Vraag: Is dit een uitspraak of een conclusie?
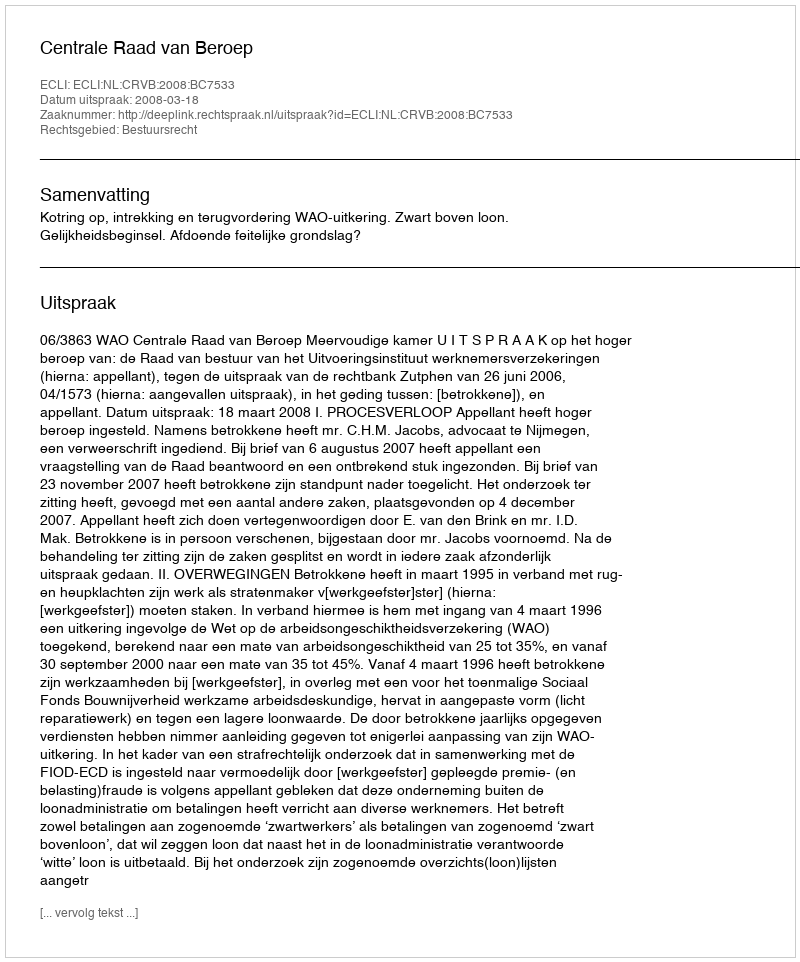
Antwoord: Uitspraak